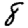
Digit: 8